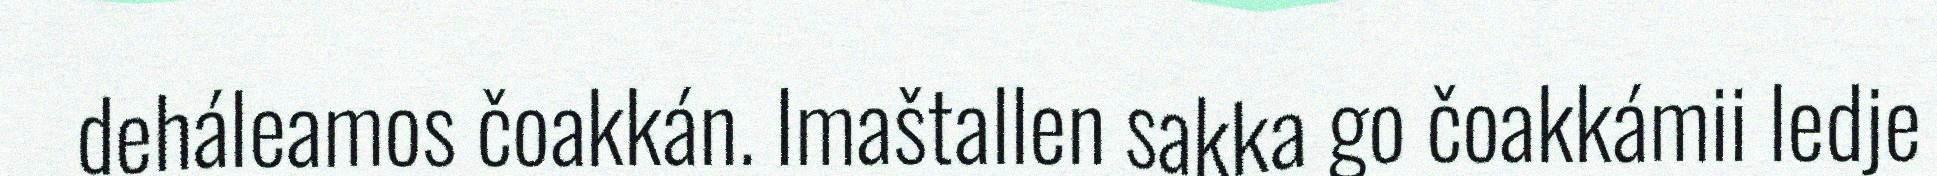
deháleamos čoakkán. Imaštallen sakka go čoakkámii ledje